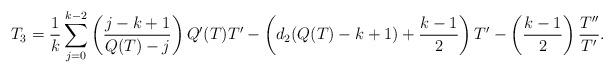
LaTeX: \begin{align*} T_3 = \frac1k \sum_{j=0}^{k-2} \left( \frac{j-k+1}{Q(T) - j} \right) Q'(T) T' - \left( d_2 (Q(T) - k+1) + \frac{k-1}2 \right) T' - \left( \frac{k-1}2 \right) \frac{T''}{T'} .\end{align*}